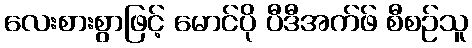
လေးစားစွာဖြင့် မောင်ပို ပီဒီအက်ဖ် စီစဉ်သူ